Indian journal of veterinary science and animal husbandry - Volume 8,
Year: 1938
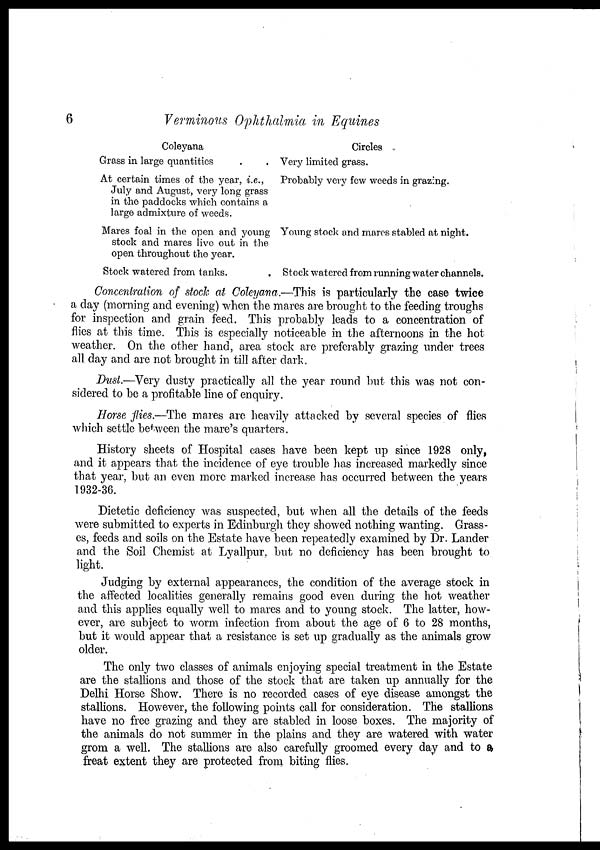
6
Verminous Ophthalmia in Equines
Coleyana
Grass in large quantities . .
At certain times of the year, i.e.,
July and August, very long grass
in the paddocks which contains a
large admixture of weeds.
Mares foal in the open and young
stock and mares live out in the
open throughout the year.
Stock watered from tanks. .
Circles
Very limited grass.
Probably very few weeds in grazing.
Young stock and mares stabled at night.
Stock watered from running water channels.
Concentration of stock at Coleyana.—This is particularly the case twice
a day (morning and evening) when the mares are brought to the feeding troughs
for inspection and grain feed. This probably leads to a concentration of
flies at this time. This is especially noticeable in the afternoons in the hot
weather. On the other hand, area stock are preferably grazing under trees
all day and are not brought in till after dark.
Dust.—Very dusty practically all the year round but this was not con-
sidered to be a profitable line of enquiry.
Horse flies.—The mares are heavily attacked by several species of flies
which settle between the mare's quarters.
History sheets of Hospital cases have been kept up since 1928 only,
and it appears that the incidence of eye trouble has increased markedly since
that year, but an even more marked increase has occurred between the years
1932-36.
Dietetic deficiency was suspected, but when all the details of the feeds
were submitted to experts in Edinburgh they showed nothing wanting. Grass-
es, feeds and soils on the Estate have been repeatedly examined by Dr. Lander
and the Soil Chemist at Lyallpur, but no deficiency has been brought to
light.
Judging by external appearances, the condition of the average stock in
the affected localities generally remains good even during the hot weather
and this applies equally well to mares and to young stock. The latter, how-
ever, are subject to worm infection from about the age of 6 to 28 months,
but it would appear that a resistance is set up gradually as the animals grow
older.
The only two classes of animals enjoying special treatment in the Estate
are the stallions and those of the stock that are taken up annually for the
Delhi Horse Show. There is no recorded cases of eye disease amongst the
stallions. However, the following points call for consideration. The stallions
have no free grazing and they are stabled in loose boxes. The majority of
the animals do not summer in the plains and they are watered with water
grom a well. The stallions are also carefully groomed every day and to a
freat extent they are protected from biting flies.